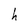
Character: h